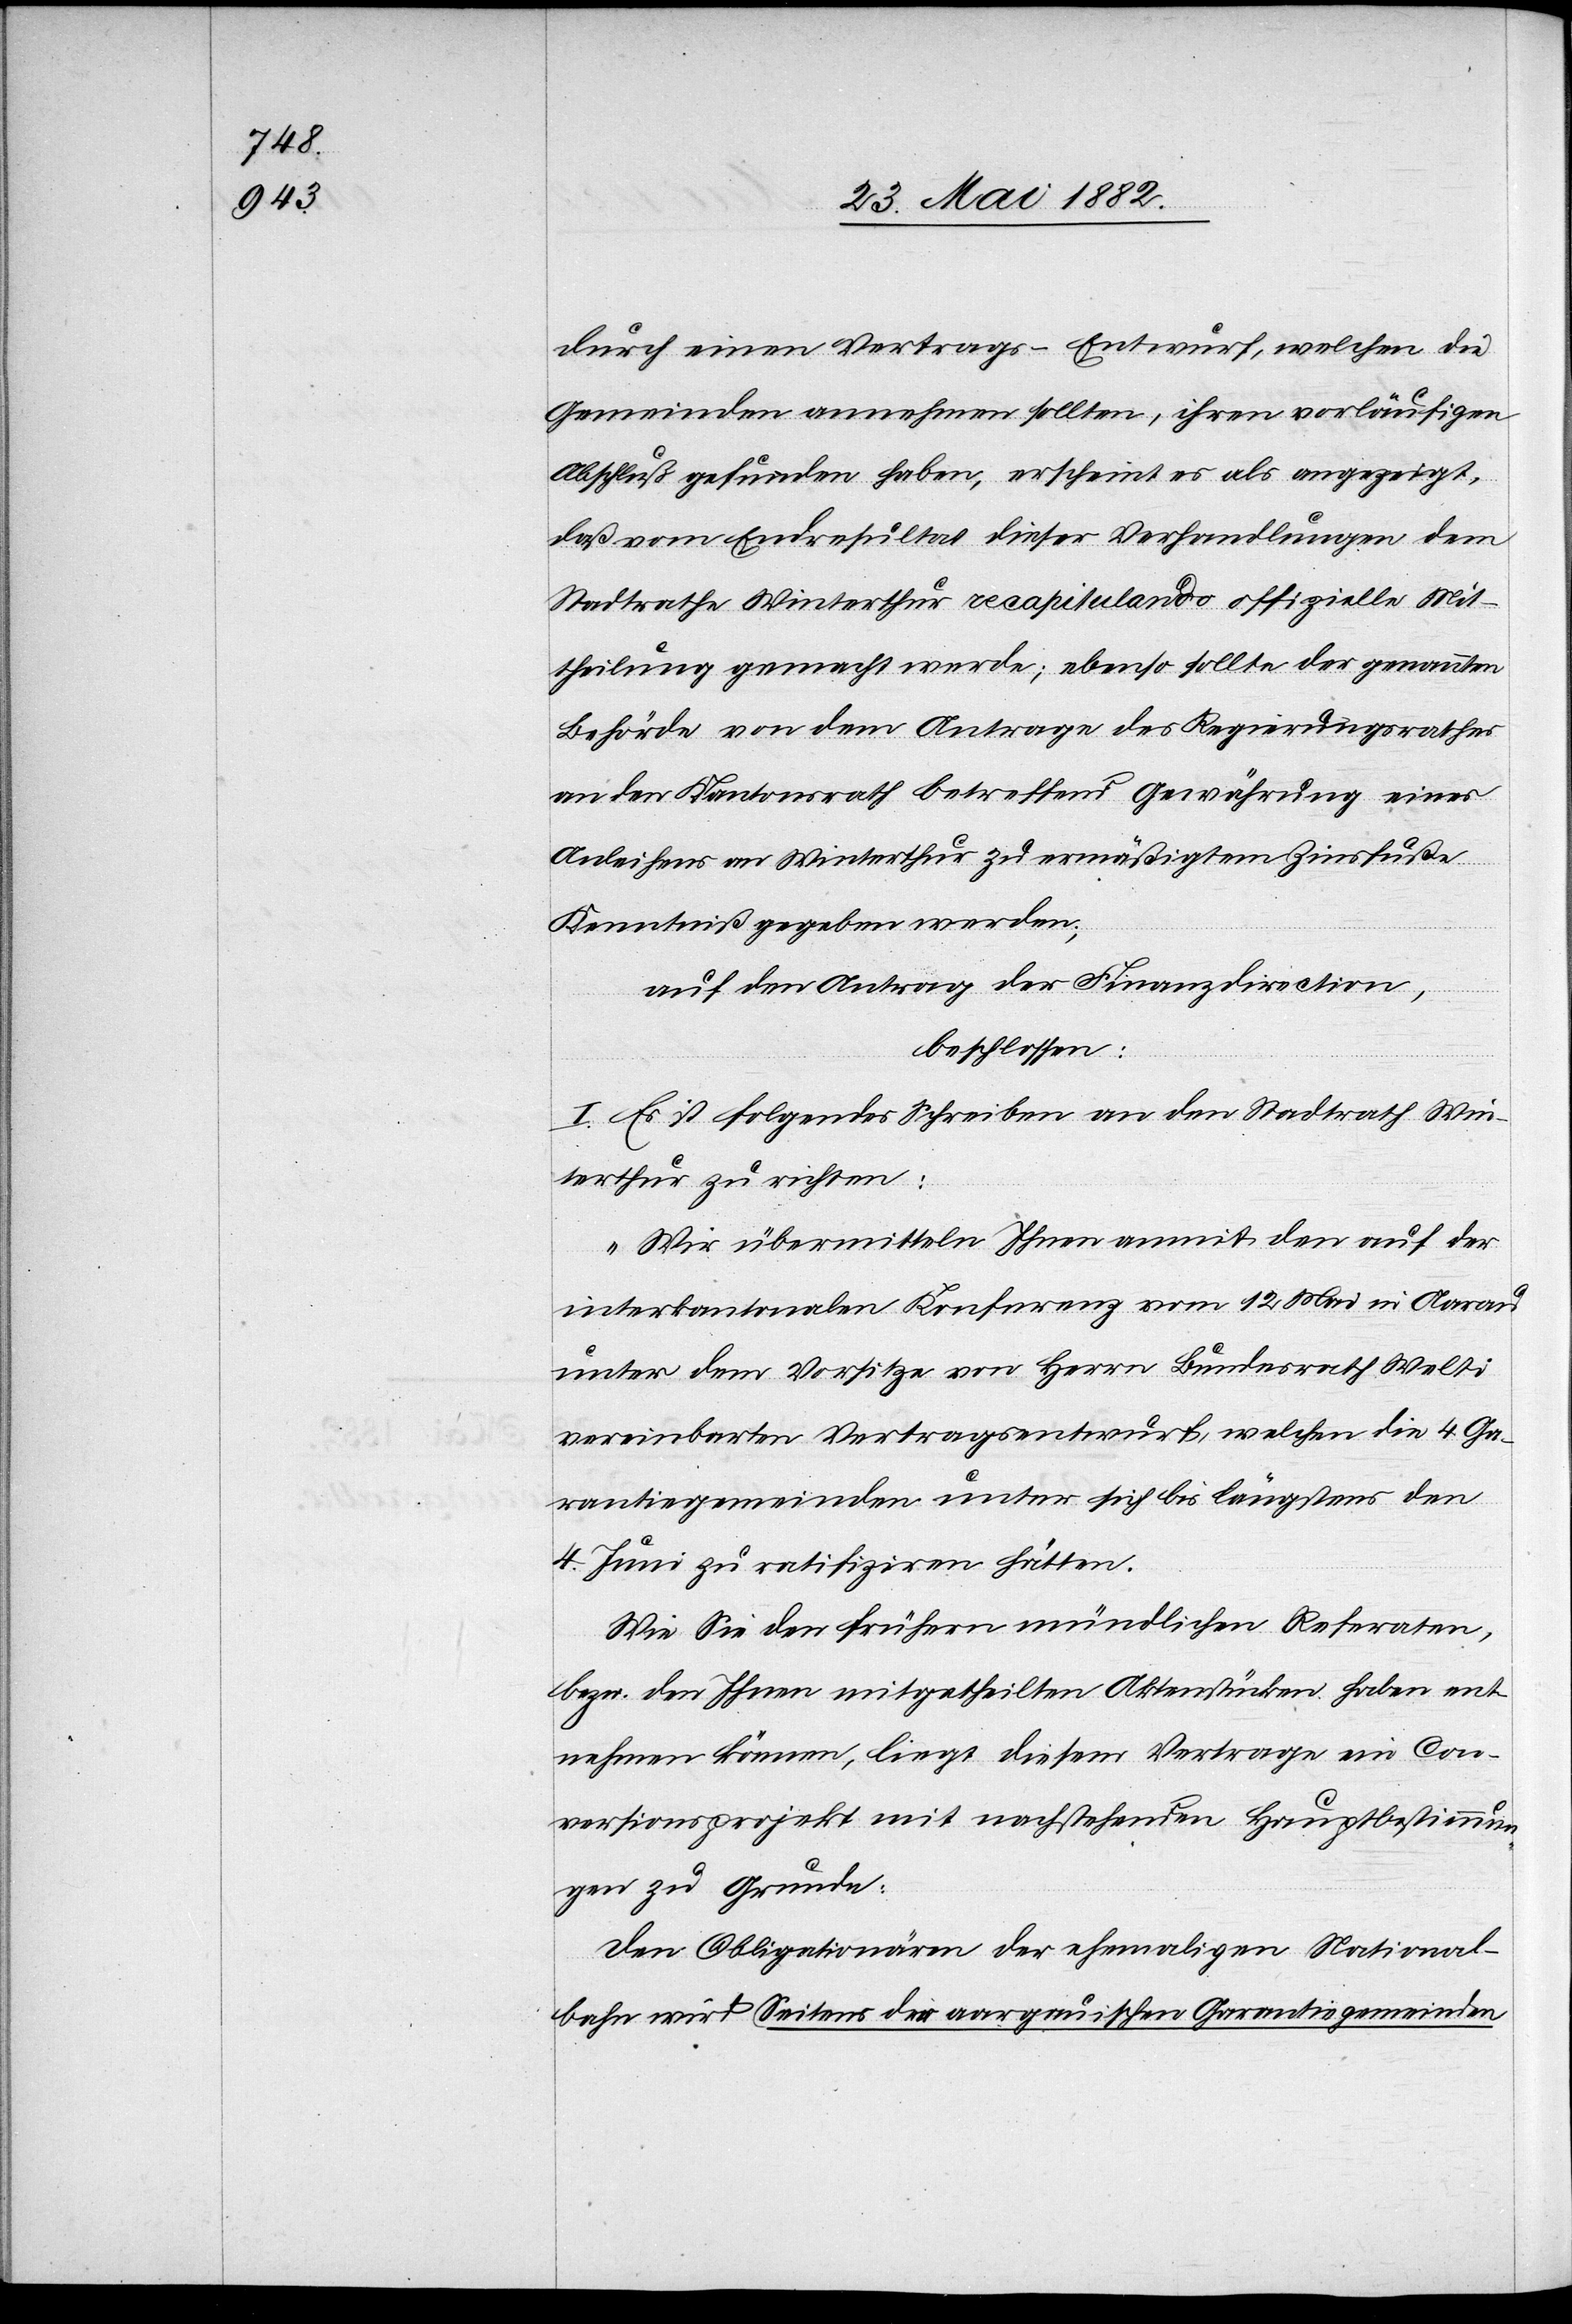
durch einen Vertrags-Entwurf, welchen die
Gemeinden annehmen sollten, ihren vorläufigen
Abschluß gefunden haben, erscheint es als angezeigt,
daß vom Endresultat dieser Verhandlungen dem
Stadtrathe Winterthur recapitulando offizielle Mit¬
theilung gemacht werde; ebenso sollte der genannten
Behörde von dem Antrage des Regierungsrathes
an den Kantonsrath betreffend Gewährung eines
Anleihens an Winterthur zu ermäßigtem Zinsfuße
Kenntniß gegeben werden;
auf den Antrag der Finanzdirection,
beschlossen:
I. Es ist folgendes Schreiben an den Stadtrath Win¬
terthur zu richten:
„Wir übermitteln Ihnen anmit den auf der
interkantonalen Konferenz vom 12. Mai in Aarau
unter dem Vorsitze von Herrn Bundesrath Welti
vereinbarten Vertragsentwurf, welchen die 4. Ga¬
rantiegemeinden unter sich bis längstens den
4. Juni zu ratifiziren hätten.
Wie Sie den frühern mündlichen Referaten,
bezw. den Ihnen mitgetheilten Aktenstücken ent¬
nehmen können, liegt diesem Vertrage ein Con¬
versionsprojekt mit nachstehenden Hauptbestimmun¬
gen zu Grunde:
Den Obligationären der ehemaligen National¬
bahn wird Seitens der aargauischen Garantiegemeinden